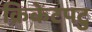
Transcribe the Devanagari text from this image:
क्रिकेटपटु